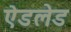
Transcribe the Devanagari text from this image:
ऐडलेड